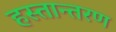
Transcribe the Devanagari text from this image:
हस्‍तान्‍तरण